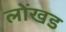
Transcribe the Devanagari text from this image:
लोंखड